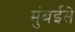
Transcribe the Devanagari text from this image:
मुंबईसे